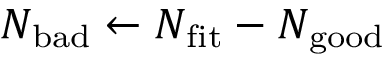
N _ { \mathrm { b a d } } \leftarrow N _ { \mathrm { f i t } } - N _ { \mathrm { g o o d } }